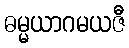
ဓမ္မယာဂမယဇီ